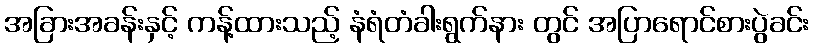
အခြားအခန်းနှင့် ကန့်ထားသည့် နံရံတံခါးရွက်နား တွင် အပြာရောင်စားပွဲခင်း